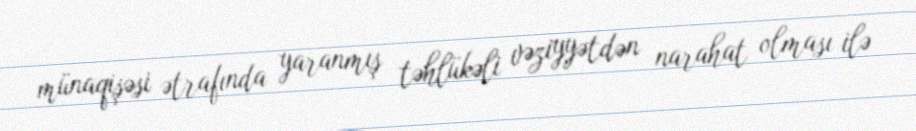
münaqişəsi ətrafında yaranmış təhlükəli vəziyyətdən narahat olması ilə